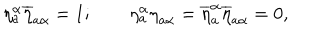
\eta _ { a } ^ { \alpha } \overline { { { \eta } } } _ { a \alpha } = 1 ; \qquad \eta _ { a } ^ { \alpha } { \eta } _ { a \alpha } = \overline { { { \eta } } } _ { a } ^ { \alpha } \overline { { { \eta } } } _ { a \alpha } = 0 ,